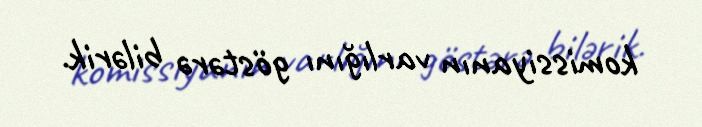
komissiyanın varlığını göstərə bilərik.